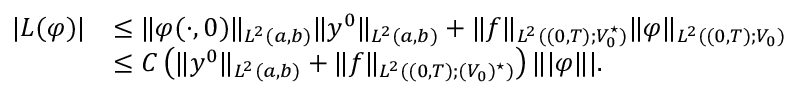
\begin{array} { r l } { | L ( \varphi ) | } & { \leq \| \varphi ( \cdot , 0 ) \| _ { L ^ { 2 } ( a , b ) } \| y ^ { 0 } \| _ { L ^ { 2 } ( a , b ) } + \| f \| _ { L ^ { 2 } ( ( 0 , T ) ; V _ { 0 } ^ { \star } ) } \| \varphi \| _ { L ^ { 2 } ( ( 0 , T ) ; V _ { 0 } ) } } \\ & { \leq C \left( \| y ^ { 0 } \| _ { L ^ { 2 } ( a , b ) } + \| f \| _ { L ^ { 2 } ( ( 0 , T ) ; ( V _ { 0 } ) ^ { \star } ) } \right) \| | \varphi \| | . } \end{array}